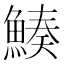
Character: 𩹀